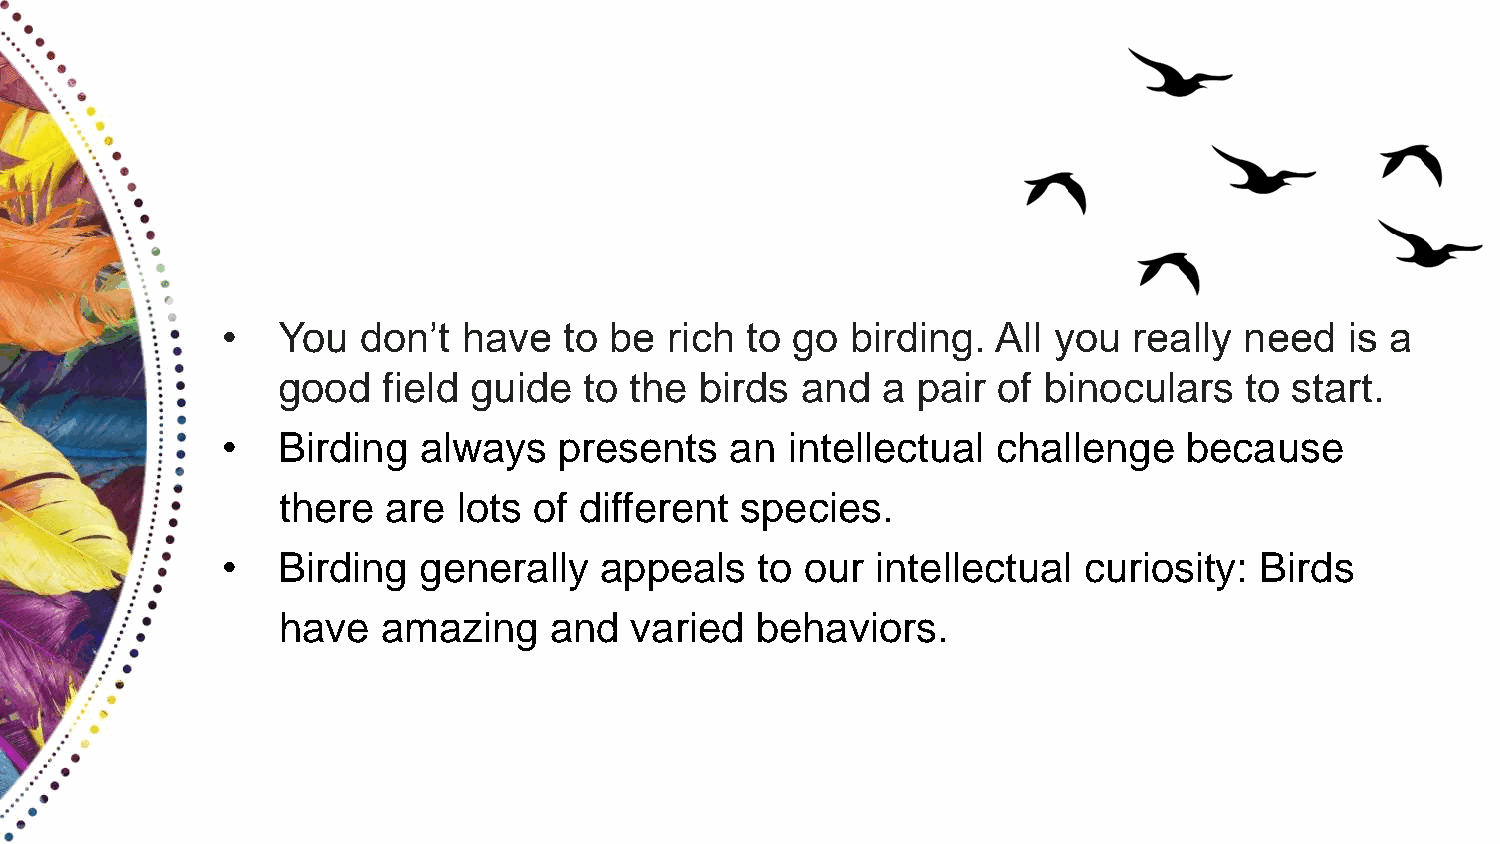
•  You   don’t  have  to be  rich to go  birding.  All you  really need   is a
 good   field guide   to the birds  and  a  pair of binoculars   to start.
 •  Birding   always   presents   an  intellectual  challenge    because
 there   are lots of different  species.
 •  Birding   generally   appeals   to our  intellectual  curiosity: Birds
 have   amazing    and   varied  behaviors.